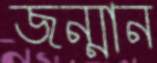
জন্মান